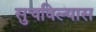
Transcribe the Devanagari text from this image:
सुचविल्यास